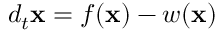
d _ { t } \mathbf { x } = f ( \mathbf { x } ) - w ( \mathbf { x } )